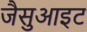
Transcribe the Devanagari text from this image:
जैसुआइट